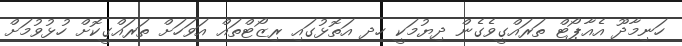
ހަނިމާދޫ އެއާޕޯޓް ތަރައްގީވެގެން ދިޔުމަކީ ހދ އަތޮޅުގައި ރިޒޯޓްތައް އަވަހަށް ތަރައްގީކޮށް ހުޅުވުމަށް